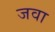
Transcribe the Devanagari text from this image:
जवा